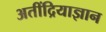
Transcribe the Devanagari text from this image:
अतींद्रियाज्ञान